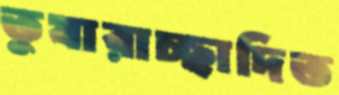
তুষারাচ্ছাদিত